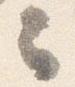
云